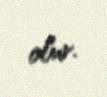
olur.